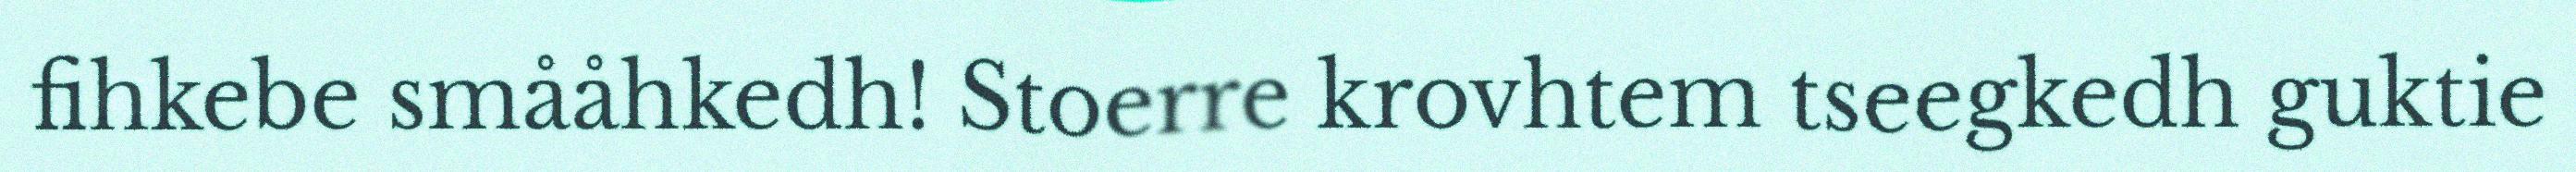
fihkebe smååhkedh! Stoerre krovhtem tseegkedh guktie